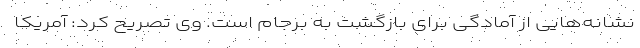
نشانه‌هایی از آمادگی برای بازگشت به برجام است. وی تصریح کرد: آمریکا